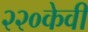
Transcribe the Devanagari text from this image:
२२०केवी